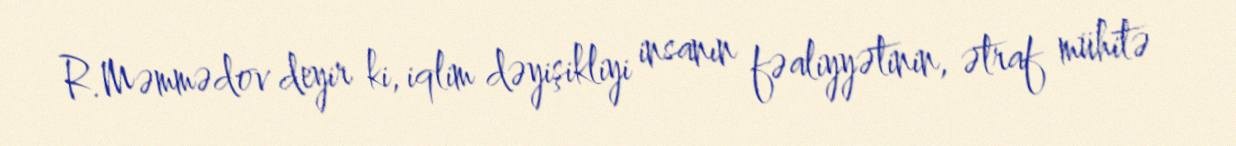
R.Məmmədov deyir ki, iqlim dəyişikliyi insanın fəaliyyətinin, ətraf mühitə